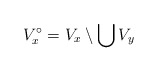
\begin{align*} V_x^\circ = V_x \setminus \bigcup V_y\end{align*}